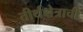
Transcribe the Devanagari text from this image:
तीर्थक्षेत्राची